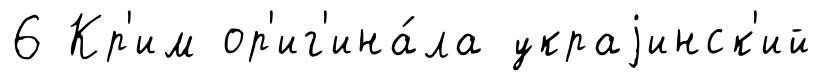
6 Кр'им ор'иг'ина́ла украjинск'ий